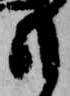
も